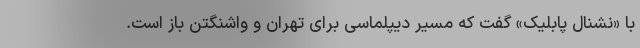
با «نشنال پابلیک» گفت که مسیر دیپلماسی برای تهران و واشنگتن باز است.